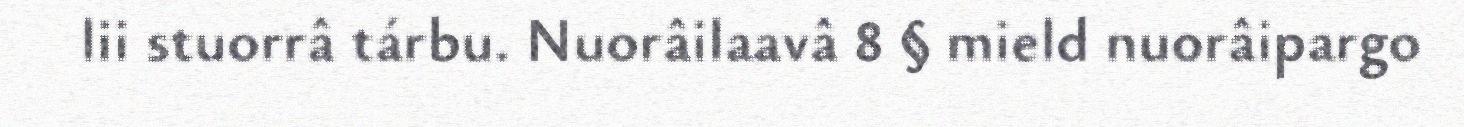
lii stuorrâ tárbu. Nuorâilaavâ 8 § mield nuorâipargo